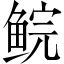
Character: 鲩